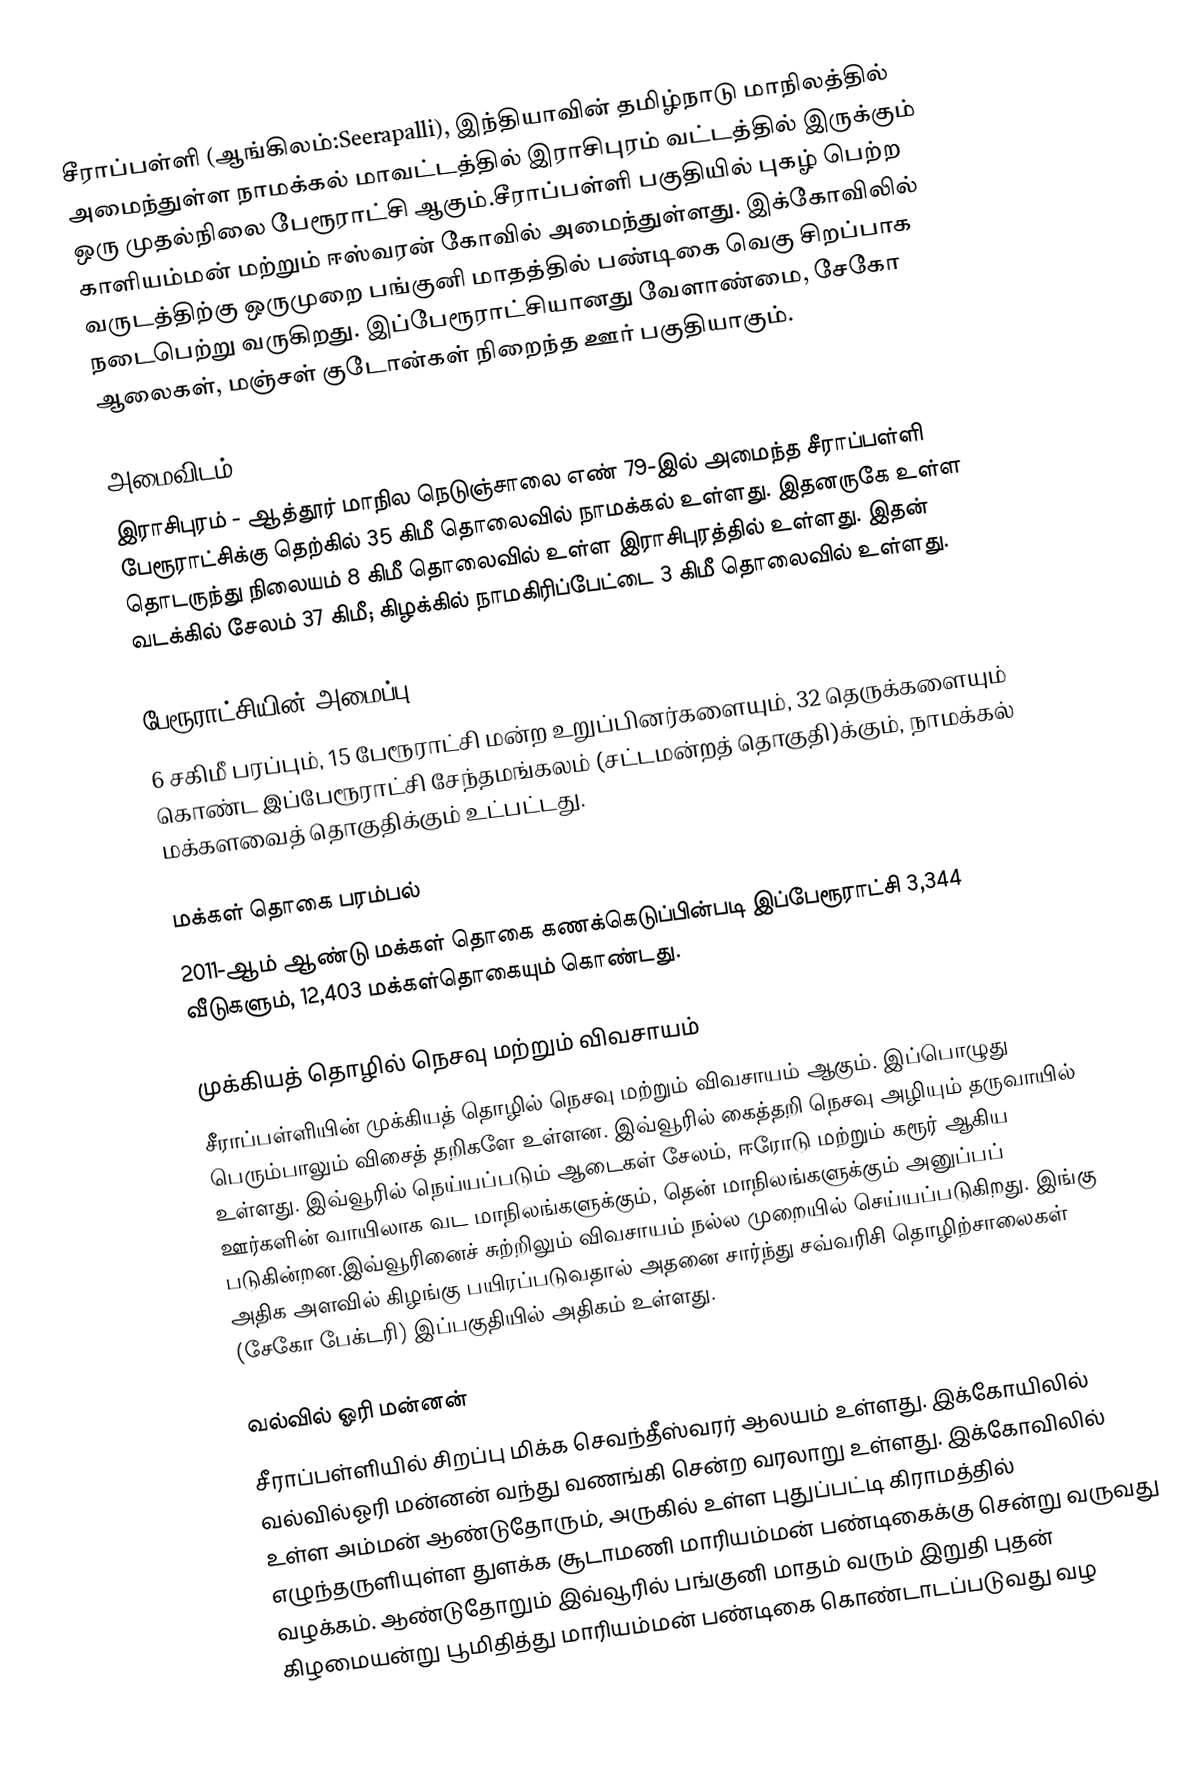
சீராப்பள்ளி (ஆங்கிலம்:Seerapalli), இந்தியாவின் தமிழ்நாடு மாநிலத்தில் அமைந்துள்ள நாமக்கல் மாவட்டத்தில் இராசிபுரம் வட்டத்தில் இருக்கும் ஒரு முதல்நிலை பேரூராட்சி ஆகும்.சீராப்பள்ளி பகுதியில் புகழ் பெற்ற காளியம்மன் மற்றும் ஈஸ்வரன் கோவில் அமைந்துள்ளது. இக்கோவிலில் வருடத்திற்கு ஒருமுறை பங்குனி மாதத்தில் பண்டிகை வெகு சிறப்பாக நடைபெற்று வருகிறது. இப்பேரூராட்சியானது வேளாண்மை, சேகோ ஆலைகள், மஞ்சள் குடோன்கள் நிறைந்த ஊர் பகுதியாகும்.

அமைவிடம்
இராசிபுரம் - ஆத்தூர் மாநில நெடுஞ்சாலை எண் 79-இல் அமைந்த சீராப்பள்ளி பேரூராட்சிக்கு தெற்கில் 35 கிமீ தொலைவில் நாமக்கல் உள்ளது. இதனருகே உள்ள தொடருந்து நிலையம் 8 கிமீ தொலைவில் உள்ள இராசிபுரத்தில் உள்ளது. இதன் வடக்கில் சேலம் 37 கிமீ; கிழக்கில் நாமகிரிப்பேட்டை 3 கிமீ தொலைவில் உள்ளது.

பேரூராட்சியின் அமைப்பு
6 சகிமீ பரப்பும்,  15  பேரூராட்சி மன்ற உறுப்பினர்களையும், 32 தெருக்களையும் கொண்ட இப்பேரூராட்சி சேந்தமங்கலம்   (சட்டமன்றத் தொகுதி)க்கும், நாமக்கல் மக்களவைத் தொகுதிக்கும் உட்பட்டது.

மக்கள் தொகை பரம்பல்
2011-ஆம் ஆண்டு மக்கள் தொகை கணக்கெடுப்பின்படி  இப்பேரூராட்சி     3,344  வீடுகளும், 12,403 மக்கள்தொகையும் கொண்டது.

முக்கியத் தொழில் நெசவு மற்றும் விவசாயம்
சீராப்பள்ளியின் முக்கியத் தொழில் நெசவு மற்றும் விவசாயம் ஆகும். இப்பொழுது பெரும்பாலும் விசைத் தறிகளே உள்ளன. இவ்வூரில் கைத்தறி நெசவு அழியும் தருவாயில் உள்ளது. இவ்வூரில் நெய்யப்படும் ஆடைகள் சேலம், ஈரோடு மற்றும் கரூர் ஆகிய ஊர்களின் வாயிலாக வட மாநிலங்களுக்கும், தென் மாநிலங்களுக்கும் அனுப்பப் படுகின்றன.இவ்வூரினைச் சுற்றிலும் விவசாயம் நல்ல முறையில் செய்யப்படுகிறது. இங்கு அதிக அளவில் கிழங்கு பயிரப்படுவதால் அதனை சார்ந்து சவ்வரிசி தொழிற்சாலைகள் (சேகோ பேக்டரி) இப்பகுதியில் அதிகம் உள்ளது.

வல்வில் ஓரி மன்னன்
சீராப்பள்ளியில் சிறப்பு மிக்க செவந்தீஸ்வரர் ஆலயம் உள்ளது. இக்கோயிலில் வல்வில்ஓரி மன்னன் வந்து வணங்கி சென்ற வரலாறு உள்ளது. இக்கோவிலில் உள்ள அம்மன் ஆண்டுதோரும், அருகில் உள்ள புதுப்பட்டி கிராமத்தில் எழுந்தருளியுள்ள துளக்க சூடாமணி மாரியம்மன் பண்டிகைக்கு சென்று வருவது வழக்கம். ஆண்டுதோறும் இவ்வூரில் பங்குனி மாதம் வரும் இறுதி புதன் கிழமையன்று பூமிதித்து மாரியம்மன் பண்டிகை கொண்டாடப்படுவது வழ